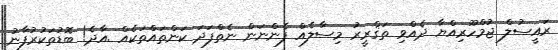
ރައީސުލް ޖުމްހޫރިއްޔާ ދެއްވި ތަޤްރީރު މިސާލެއް ފެންނަން ނެތްފަދަ ކަންތައްތަކެއް .އާދެ! ބޮޑުތަކުރުފާނު